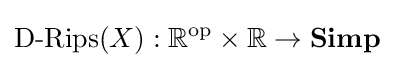
{\text{D-Rips}}(X):\mathbb {R} ^{\operatorname {op} }\times \mathbb {R} \to \mathbf {Simp}